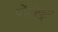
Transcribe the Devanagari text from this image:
पोंटीपुल